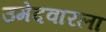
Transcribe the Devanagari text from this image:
उमेदवारला